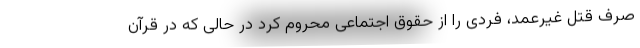
صرف قتل غیر‌عمد، فردی را از حقوق اجتماعی محروم کرد در حالی که در قرآن